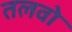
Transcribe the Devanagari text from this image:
तलवो